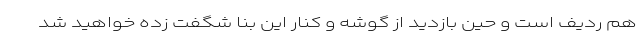
هم ردیف است و حین بازدید از گوشه و کنار این بنا شگفت زده خواهید شد